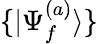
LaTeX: \{ |\Psi_{f}^{(a)}\rangle\}